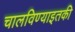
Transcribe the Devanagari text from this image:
चालविण्याइतकी